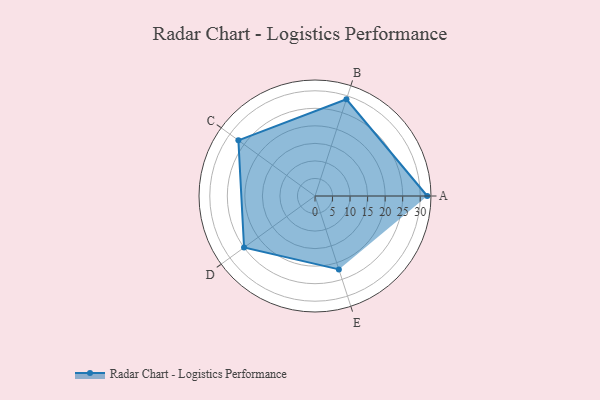
{"axis": {"x": "Skill", "y": "Score"}, "legend": ["Profile"], "data": [{"x": "A", "y": 32.0, "type": "Profile"}, {"x": "B", "y": 29.0, "type": "Profile"}, {"x": "C", "y": 27.0, "type": "Profile"}, {"x": "D", "y": 25.0, "type": "Profile"}, {"x": "E", "y": 22.0, "type": "Profile"}]}